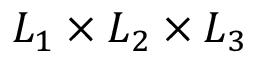
L _ { 1 } \times L _ { 2 } \times L _ { 3 }